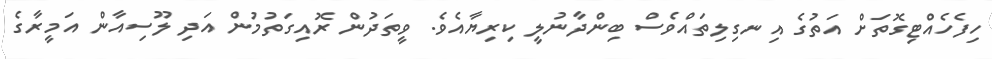
ހިފެހެއްޓިގޮތަށް އަތުގެ އިނގިލިތައްވެސް ބިންދާނުލީ ކިރިޔާއެވެ. ވީތަދުން ރޮއިގަތުމުން އަދި ލޫސިއާން އަމީރާގެ